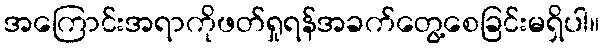
အကြောင်းအရာကိုဖတ်ရှုရန်အခက်တွေ့စေခြင်းမရှိပါ။